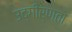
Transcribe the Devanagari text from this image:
उद्गीर्णता